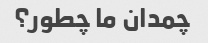
چمدان ما چطور؟